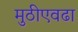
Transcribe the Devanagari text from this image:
मुठीएवढा